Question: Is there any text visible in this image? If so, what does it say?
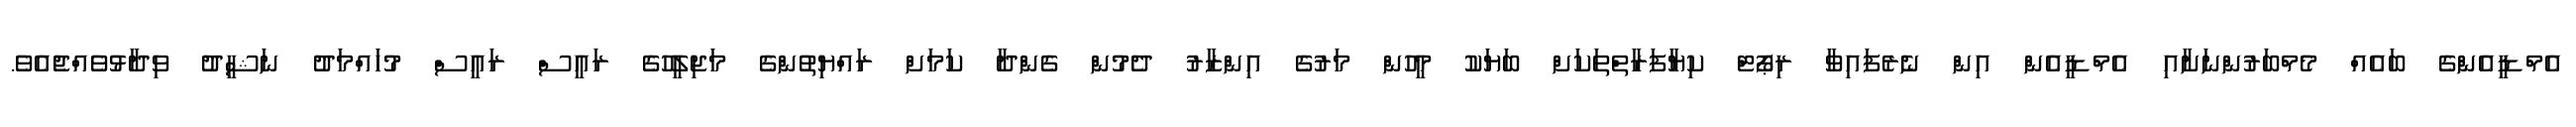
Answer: އެމްޑީއެންގެ ބައެއް މެމްބަރުންނަށާއި އެމްޑީއެން އިން ނެރެފައިވާ ރިޕޯޓް ކިޔާފަރާތްތަކަށް ބަޔަކު މީހުން މަރުގެ އިންޒާރު ދެމުން ގެންދާ ކަމަށް ރައްޔިތުންގެ މަޖިލީހުގެ ރައީސް ރައީސް މުހައްމަދު ނަޝީދު ވިދާޅުވެއްޖެއެވެ.